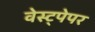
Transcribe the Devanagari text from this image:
वेस्ट्पेपर